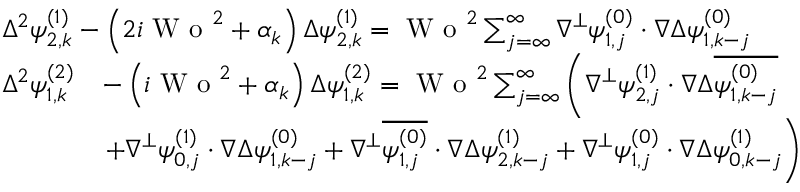
\begin{array} { r l } & { \begin{array} { r } { \Delta ^ { 2 } \psi _ { 2 , k } ^ { ( 1 ) } - \left( 2 i \textrm { W o } ^ { 2 } + \alpha _ { k } \right) \Delta \psi _ { 2 , k } ^ { ( 1 ) } = \textrm { W o } ^ { 2 } \sum _ { j = \infty } ^ { \infty } \nabla ^ { \perp } \psi _ { 1 , j } ^ { ( 0 ) } \cdot \nabla \Delta \psi _ { 1 , k - j } ^ { ( 0 ) } } \end{array} } \\ & { \begin{array} { r l } { \Delta ^ { 2 } \psi _ { 1 , k } ^ { ( 2 ) } } & { - \left( i \textrm { W o } ^ { 2 } + \alpha _ { k } \right) \Delta \psi _ { 1 , k } ^ { ( 2 ) } = \textrm { W o } ^ { 2 } \sum _ { j = \infty } ^ { \infty } \left( \nabla ^ { \perp } \psi _ { 2 , j } ^ { ( 1 ) } \cdot \nabla \Delta \overline { { \psi _ { 1 , k - j } ^ { ( 0 ) } } } \right. } \\ & { \left. + \nabla ^ { \perp } \psi _ { 0 , j } ^ { ( 1 ) } \cdot \nabla \Delta \psi _ { 1 , k - j } ^ { ( 0 ) } + \nabla ^ { \perp } \overline { { \psi _ { 1 , j } ^ { ( 0 ) } } } \cdot \nabla \Delta \psi _ { 2 , k - j } ^ { ( 1 ) } + \nabla ^ { \perp } \psi _ { 1 , j } ^ { ( 0 ) } \cdot \nabla \Delta \psi _ { 0 , k - j } ^ { ( 1 ) } \right) } \end{array} } \end{array}